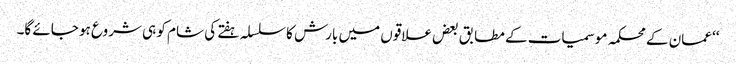
‘‘ عمان کے محکمہ موسمیات کے مطابق بعض علاقوں میں بارش کا سلسلہ ہفتے کی شام کو ہی شروع ہو جائے گا۔